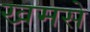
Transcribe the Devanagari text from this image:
खमसे